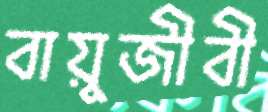
বায়ুজীবী